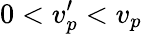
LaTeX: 0<v_{p}^{\prime}<v_{p}